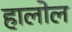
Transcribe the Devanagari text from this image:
हालोल